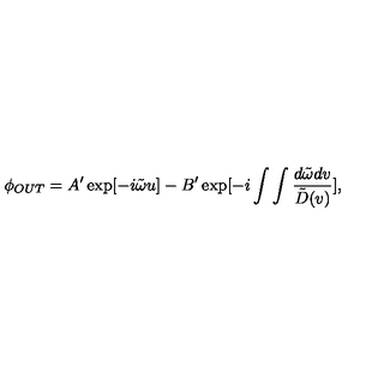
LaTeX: \phi _ { O U T } = A ^ { \prime } \exp [ - i \tilde { \omega } u ] - B ^ { \prime } \exp [ - i \int \int { \frac { d \tilde { \omega } d v } { \tilde { D } ( v ) } } ] ,